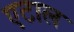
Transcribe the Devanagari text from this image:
एटाल